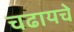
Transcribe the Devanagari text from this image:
चढायचे